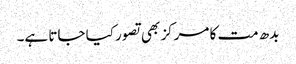
بدھ مت کا مرکز بھی تصور کیا جاتا ہے۔